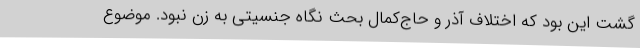
گشت این بود که اختلاف آذر و حاج‌کمال بحث نگاه جنسیتی به زن نبود. موضوع